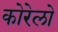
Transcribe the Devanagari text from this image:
कोरेलो